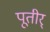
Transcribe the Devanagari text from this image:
पूतीर्